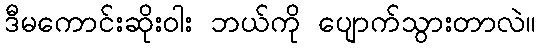
ဒီမကောင်းဆိုးဝါး ဘယ်ကို ပျောက်သွားတာလဲ။